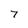
Character: 7